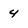
Character: 4